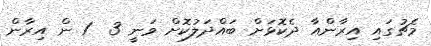
މެޗުގައި އިރާންއާ ދެކޮޅަށް ބައްދަލުކޮށް ވަނީ 3  1 ން އިރާން